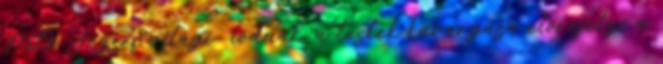
Pető József világí- lódnak, a testek kavargása előrejelzi a